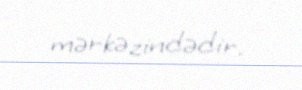
mərkəzindədir.